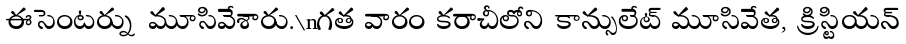
ఈసెంటర్ను మూసివేశారు.\nగత వారం కరాచీలోని కాన్సులేట్ మూసివేత, క్రిస్టియన్